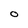
Character: O